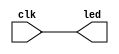
`timescale 1ns / 1ps

module LedPulsante(
    input clk,
    output led);
    
    assign led = clk;

endmodule